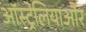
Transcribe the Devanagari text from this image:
ऑस्ट्रेलियाऔर